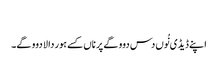
‏
اپنے ڈیڈی نُوں دس دوو گے پر ناں کسے ہور دا لا دوو گے۔